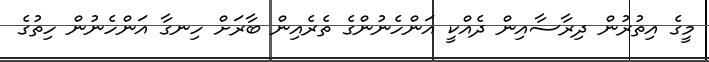
މީގެ އިތުރުން ދިރާސާއިން ދެއްކީ އަންހެނުންގެ ތެރެއިން ބާރަށް ހިނގާ އަންހެނުން ހިތުގެ